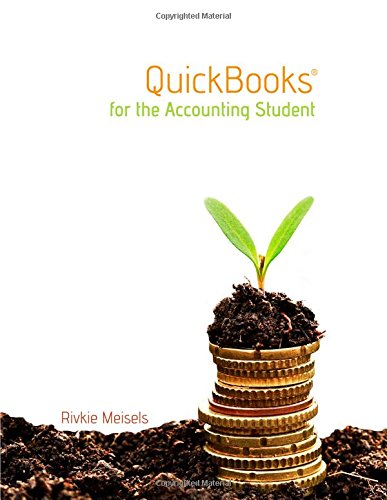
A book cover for QuickBooks for the Accounting Student (QuickBooks 2014); Rivkie Meisels; Computers & Technology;